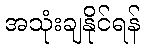
အသုံးချနိုင်ရန်